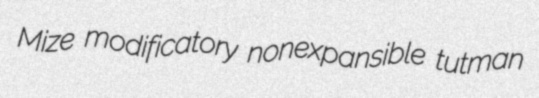
Mize modificatory nonexpansible tutman